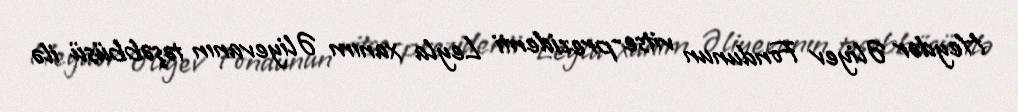
Heydər Əliyev Fondunun vitse-prezidenti Leyla xanım Əliyevanın təşəbbüsü ilə